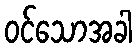
ဝင်သောအခါ